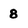
Character: 8